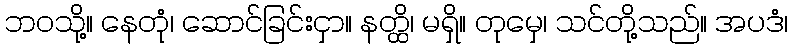
ဘဝသို့။ နေတုံ၊ ဆောင်ခြင်းငှာ။ နတ္ထိ၊ မရှိ။ တုမှေ၊ သင်တို့သည်။ အပဒံ၊